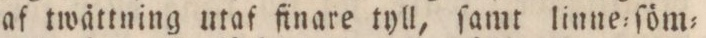
af twättning utaf finare tyll, ſamt linne=ſöm=